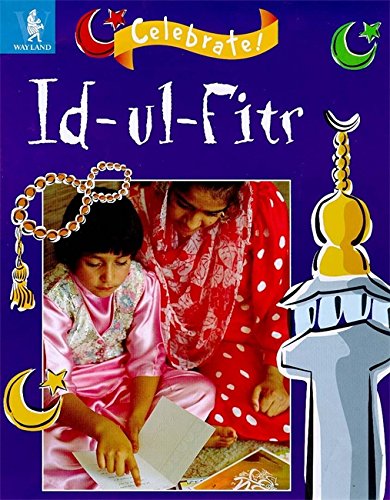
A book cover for Id-ul-Fitr (Celebrate!); Mike Hirst; Children's Books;